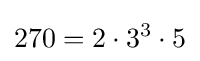
270=2\cdot 3^{3}\cdot 5